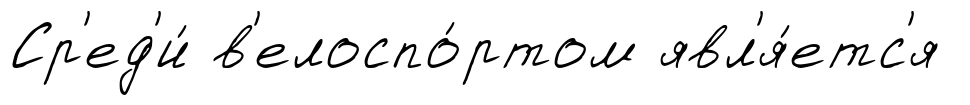
Ср'ед'и́ в'елоспо́ртом явл'я́етс'я